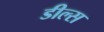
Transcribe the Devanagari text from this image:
डील्स